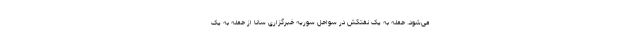
می‌شود. حمله به یک نفتکش در سواحل سوریه خبرگزارى سانا از حمله به یک